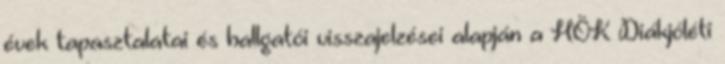
évek tapasztalatai és hallgatói visszajelzései alapján a HÖK Diákjóléti